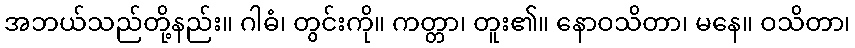
အဘယ်သည်တို့နည်း။ ဂါဓံ၊ တွင်းကို။ ကတ္တာ၊ တူး၏။ နောဝသိတာ၊ မနေ။ ဝသိတာ၊